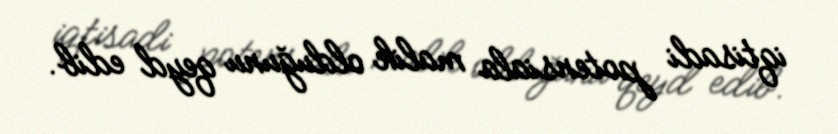
iqtisadi potensiala malik olduğunu qeyd edib.